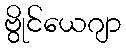
ဗွိုင်ယေဂျာ